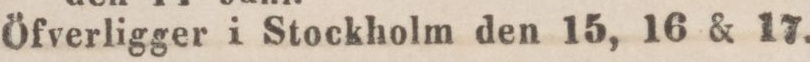
Öfverligger i Stockholm den 15, 16 & 17.